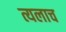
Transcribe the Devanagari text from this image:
त्यलाच